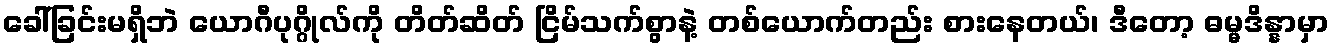
ခေါ်ခြင်းမရှိဘဲ ယောဂီပုဂ္ဂိုလ်ကို တိတ်ဆိတ် ငြိမ်သက်စွာနဲ့ တစ်ယောက်တည်း စားနေတယ်၊ ဒီတော့ ဓမ္မဒိန္နာမှာ